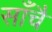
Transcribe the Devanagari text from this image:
साँचै